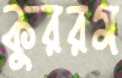
কুররম